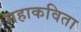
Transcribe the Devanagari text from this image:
महाकविता